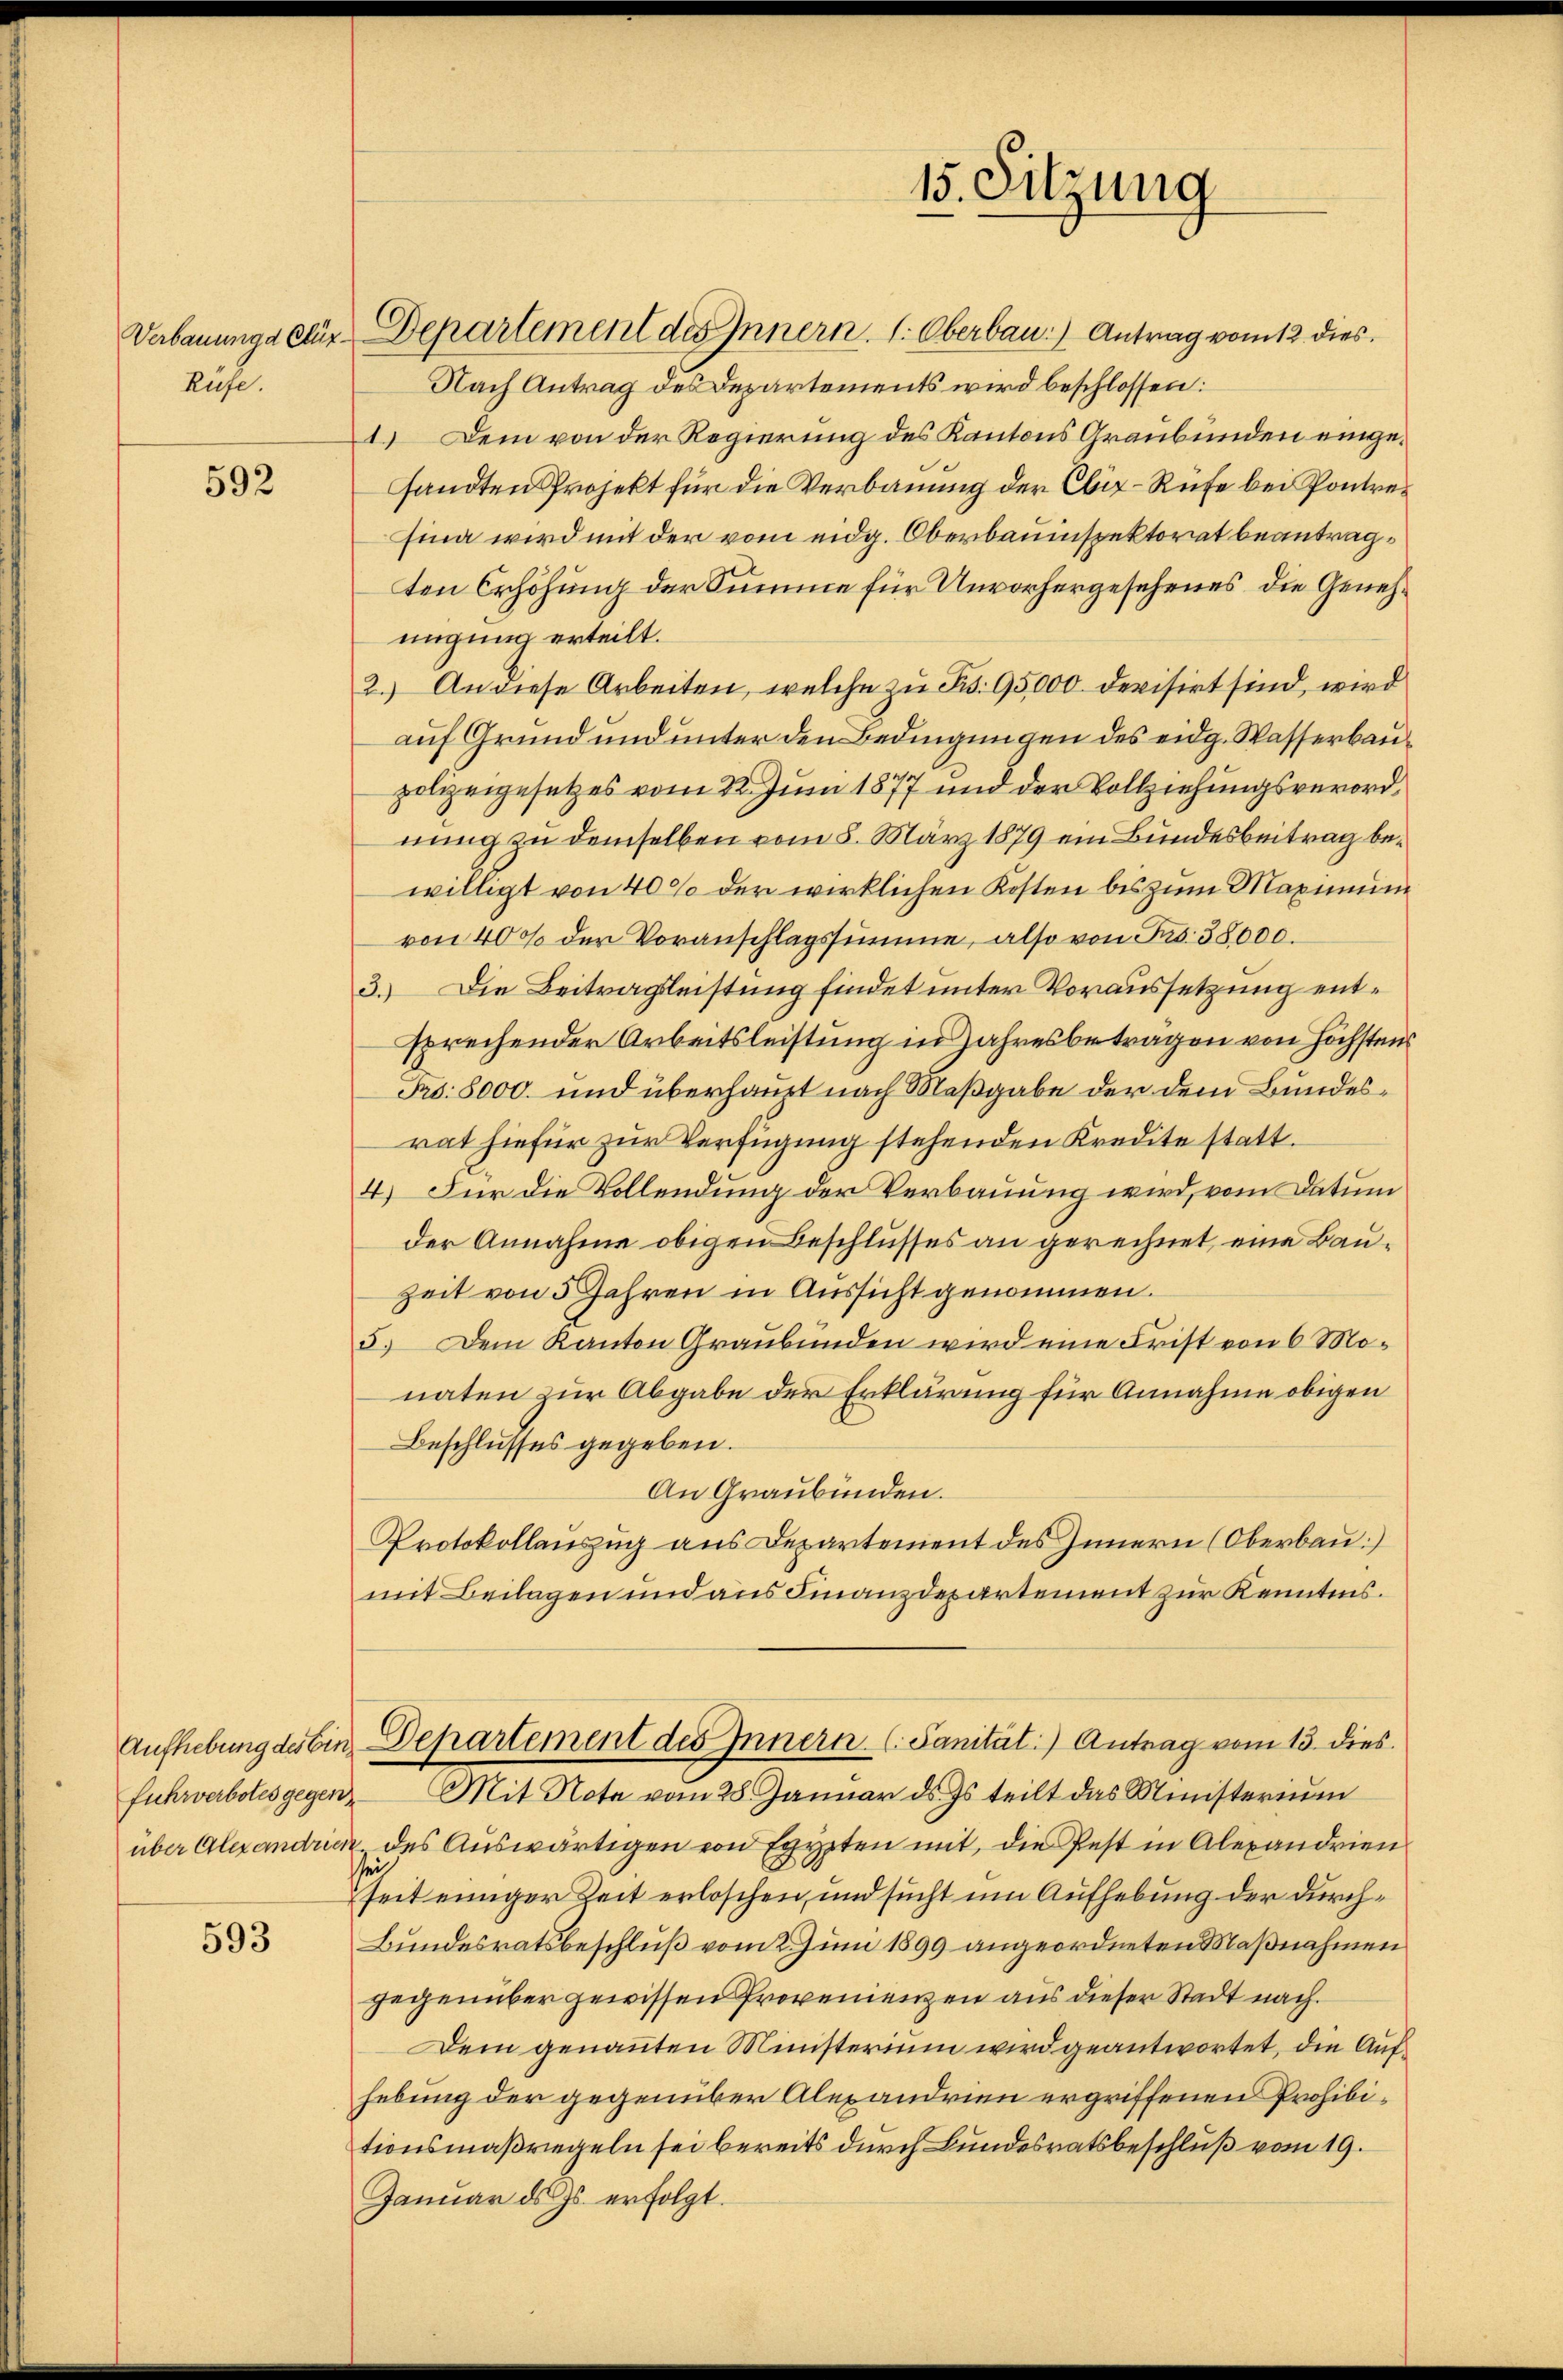
Rufe.

592

fuhrverbotes gegen

593

Verbauungs für Departement des Innern. 1. Oberbau.) Antrag vom 12. dies
Nach Antrag des Departements wird beschlossen:
1.) Dem von der Regierung des Kantons Graubünden eingesandten Projekt für die Verbauung der Obir-Rufe bei Pontresina wird mit der vom eidg. Oberbauinspektorat beantragten Erhöhung der Summe für Unvorhergesehenes, die Genehmigung erteilt.
2.) An diese Arbeiten, welche zu Bd. 95,000. Devisirt sind, wird
auf Grund und unter den Bedingungen des eidg. Wasserbaupolizeigesetzes vom 22. Juni 1877 und der Vollziehungsverordnung zu demselben vom 8. März 1879 ein Bundesbeitrag bewilligt von 40% der wirklichen Kosten bis zum Maximum
von 400 der Voranschlagssumme, also von Frs. 38000.
3.) Die Beitragsleistung findet unter Voraussetzung entsprechender Arbeitsleistung in Jahresbeträgen von höchsten
Fro: 8000. und überhaupt nach Maßgabe der dem Bundesrat hiefür zur Verfügung stehenden Kredite statt.
4.) Für die Vollendung der Verbauung wird, vom Datum
der Annahme obigen Beschlusses an gerechnet, eine Bau¬
Zeit von 5 Jahren in Aussicht genommen.
5.) Dem Kanton Graubünden wird eine Frist von 6 Monaten zur Abgabe der Erklärung für Annahme obigen
Beschlusses gegeben.
An Graubünden.
Protokollauszug aus Departement des Innern (Oberbau
mit Beilagen und aus Finanzdepartement zur Kenntnis.
Aufhebung des bin Departement des Innern (Sanität:) Antrag vom 13. dies
Mit Note vom 28. Januar ds. Js. teilt das Ministerium
über Alexandrich des Auswärtigen von Egypten mit, die Pest in Alexandrien
ei
seit einiger Zeit erloschen, und sucht um Aufhebung der durch¬
Bundesratsbeschluß vom 2. Juni 1899 angeordneten Maßnahmen
gegenüber gewissen Provenienzen aus dieser Stadt nach
Dein genannten Ministerium wird geantwortet, die Aufhebung der gegenüber Alexandrien ergriffenen Prohibitionsmaßregeln sei bereits durch Bundesratsbeschluß vom 19.
Januar d. Js. erfolgt.

15. Sitzung